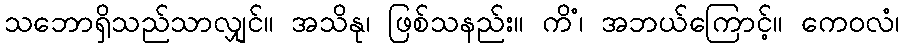
သဘောရှိသည်သာလျှင်။ အသိနု၊ ဖြစ်သနည်း။ ကိံ၊ အဘယ်ကြောင့်။ ကေဝလံ၊